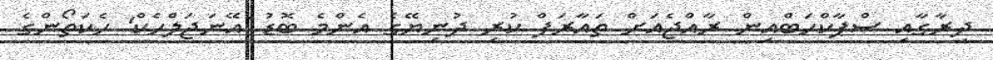
ދިރާގާއި ސްޕާކްހަބްއިން ރާއްޖެއަށް ތައާރަފް ކުރި ދުނިޔޭގެ އެންމެ ބޮޑު 'އޭނަޖަލްހެކް' ހެކަތޯންގެ